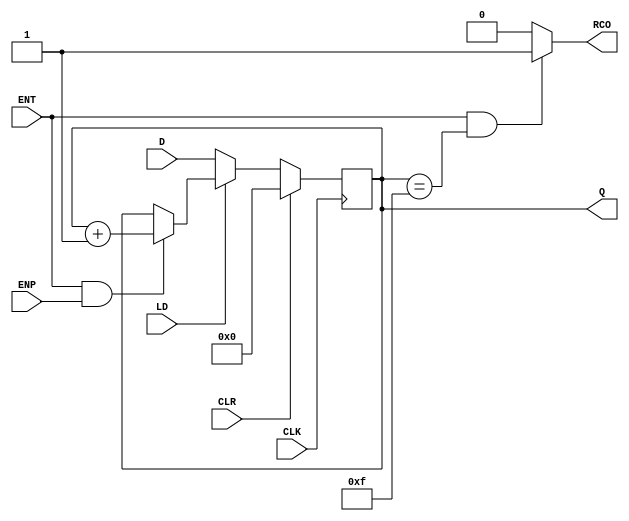
// CONTADOR -------------------------------------------------------
module contador_163 ( CLK, CLR, LD, ENP, ENT, D, Q, RCO );
    input CLK, CLR, LD, ENP, ENT;
    input [3:0] D;
    output reg [3:0] Q;
    output reg RCO;

    always @ (posedge CLK)  // Create the counter f-f behavior
        if (CLR)               Q <= 4'd0;
        else if (~LD)           Q <= D;
        else if (ENT && ENP)    Q <= Q + 1;
        else                    Q <= Q;
 
    always @ (Q or ENT)     // Create RCO combinational output
        if (ENT && (Q == 4'd15))   RCO = 1;
        else                       RCO = 0;
endmodule